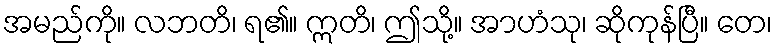
အမည်ကို။ လဘတိ၊ ရ၏။ ဣတိ၊ ဤသို့။ အာဟံသု၊ ဆိုကုန်ပြီ။ တေ၊